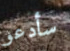
سأدعو